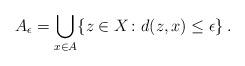
LaTeX: \begin{align*}A_{\epsilon} = \bigcup_{x \in A} \{z \in X \colon d(z,x) \leq \epsilon \} \, .\end{align*}